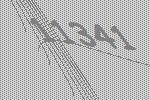
11341